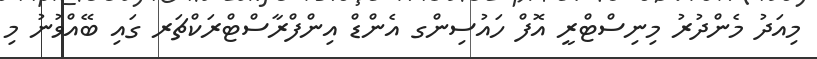
މިއަދު މެންދުރު މިނިސްޓްރީ އޮފް ހައުސިންގ އެންޑް އިންފްރާސްޓްރަކްޗަރ ގައި ބޭއްވުނު މި